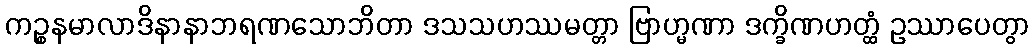
ကဉ္စနမာလာဒိနာနာဘရဏသောဘိတာ ဒသသဟဿမတ္တာ ဗြာဟ္မဏာ ဒက္ခိဏဟတ္ထံ ဥဿာပေတွာ